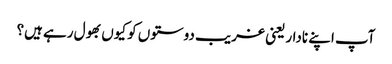
آپ اپنے نادار یعنی غریب دوستوں کو کیوں بھول رہے ہیں؟